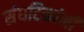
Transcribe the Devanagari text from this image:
संघटिकांनी